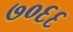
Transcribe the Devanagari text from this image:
७०६६